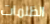
الظلمات